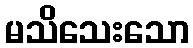
မသိသေးသော